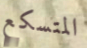
المتسكع